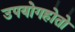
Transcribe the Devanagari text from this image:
उपयोगहोतो